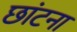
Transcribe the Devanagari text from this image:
छांटना